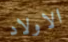
الاولاد